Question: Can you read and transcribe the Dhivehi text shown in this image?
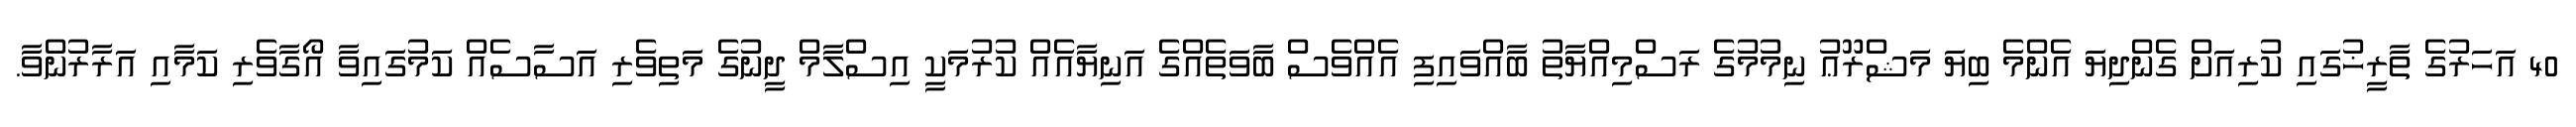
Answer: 40 އަހަރުގެ ތާރީޚުގައި ކުރިއަށް ގެންދިޔަ އެންމެ ބިޔަ މަޝްރޫޢު ނިމުމުގެ ރަސްމިއްޔާތު ބާއްވައިފި އެއްވެސް ބާވަތެއްގެ އަނިޔާއެއް ކުރުމަކީ އިސްލާމް ދީނުގެ މަތިވެރި އަސާސެއް ކަމުގައިވާ އޯގާވެރި ކަމާއި އަރާރުންވާ.